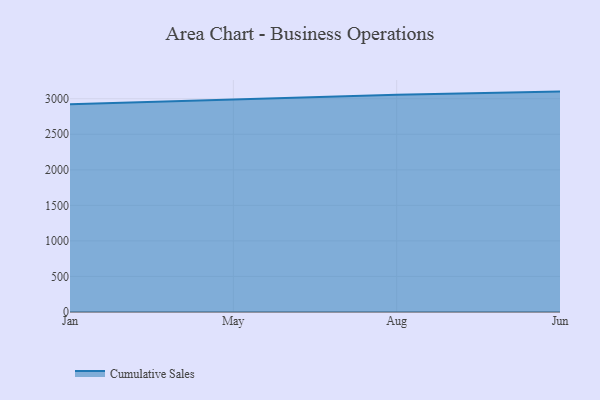
{"axis": {"x": "Month", "y": "Satisfaction Score"}, "legend": ["Cumulative Sales"], "data": [{"x": "Jan", "y": 2924.0, "type": "Cumulative Sales"}, {"x": "May", "y": 2986.8, "type": "Cumulative Sales"}, {"x": "Aug", "y": 3054.9, "type": "Cumulative Sales"}, {"x": "Jun", "y": 3100.5, "type": "Cumulative Sales"}]}